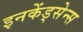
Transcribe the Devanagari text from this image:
इनकेंड्सेन्स